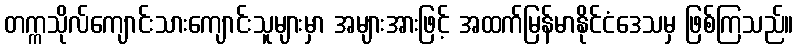
တက္ကသိုလ်ကျောင်းသားကျောင်းသူများမှာ အများအားဖြင့် အထက်မြန်မာနိုင်ငံဒေသမှ ဖြစ်ကြသည်။